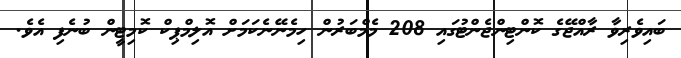
ބައިވެރިވާ ރާއްޖޭގެ ކޮންޓިންޖެންޓުގައި 208 މެމްބަރުން ހިމެނޭނެކަމަށް އޮލިމްޕިކް ކޮމިޓީން ބުނެފި އެވެ.